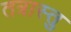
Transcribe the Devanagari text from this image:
तत्रास्तु